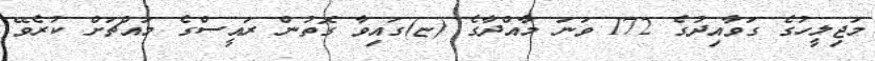
މަޖިލީހުގެ ގަވާއިދުގެ 172 ވަނަ މާއްދާގެ (ޏ)ގައިވާ ގޮތުން ރައީސްގެ މައްޗަށް ކުރެވޭ